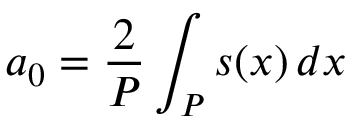
a _ { 0 } = { \frac { 2 } { P } } \int _ { P } s ( x ) \, d x